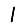
Digit: 1